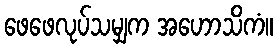
ဖေဖေလုပ်သမျှက အဟောသိကံ။